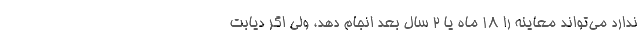
ندارد می‌تواند معاینه را ۱۸ ماه یا ۲ سال بعد انجام دهد، ولی اگر دیابت